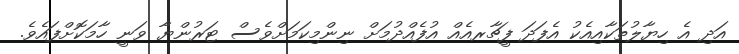
އަދި އެ ހިޔާލުތަކާއިއެކު އެފަދަ ފީޗާރއެއް އުފެއްދުމަށް ނިންމިކަމަށްވެސް ޓަރުންޔާ ވަނީ ހާމަކޮށްފައެވެ.